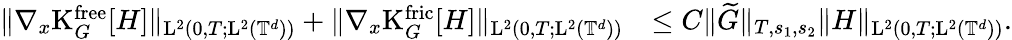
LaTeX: \begin{array}{rl}{\Vert\nabla_{x}\mathrm{K}_{G}^{\mathrm{free}}[H]\Vert_{\mathrm{L}^{2}(0,T;\mathrm{L}^{2}(\mathbb T^{d}))}+\Vert\nabla_{x}\mathrm{K}_{G}^{\mathrm{fric}}[H]\Vert_{\mathrm{L}^{2}(0,T;\mathrm{L}^{2}(\mathbb T^{d}))}}&{\leq C\Vert\widetilde{G}\Vert_{T,s_{1},s_{2}}\Vert H\Vert_{\mathrm{L}^{2}(0,T;\mathrm{L}^{2}(\mathbb T^{d}))}.}\end{array}